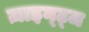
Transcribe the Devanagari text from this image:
ज़ाइन्ट्ज